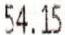
54.15